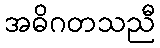
အဓိဂတသညီ